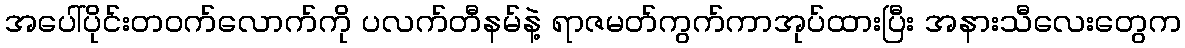
အပေါ်ပိုင်းတဝက်လောက်ကို ပလက်တီနမ်နဲ့ ရာဇမတ်ကွက်ကာအုပ်ထားပြီး အနားသီလေးတွေက